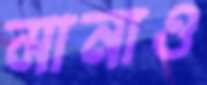
মানাও